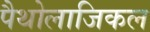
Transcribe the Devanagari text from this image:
पैथोलाजिकल